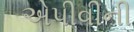
એપીવીની